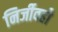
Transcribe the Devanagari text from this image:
निर्जीवही